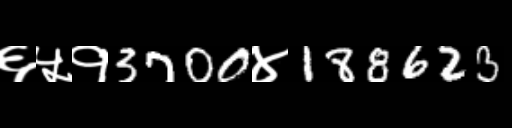
Text: ६५१3700४188623